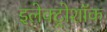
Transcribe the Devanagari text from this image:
इलेक्ट्रोशॉक